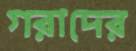
গরাদের